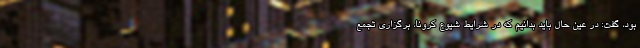
بود، گفت: در عین حال باید بدانیم که در شرایط شیوع کرونا، برگزاری تجمع